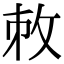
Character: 𢼋